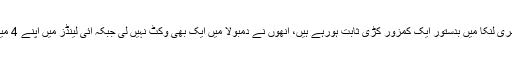
فاتح الیون میں کسی تبدیلی کا کوئی امکان نہیں تاہم عرفان سری لنکا میں بدستور ایک کمزور کڑی ثابت ہورہے ہیں، انھوں نے دمبولا میں ایک بھی وکٹ نہیں لی جبکہ آئی لینڈز میں اپنے 4 میچز میں63.63 کی اوسط سے صرف 3 پلیئرز کو آؤٹ کیا۔